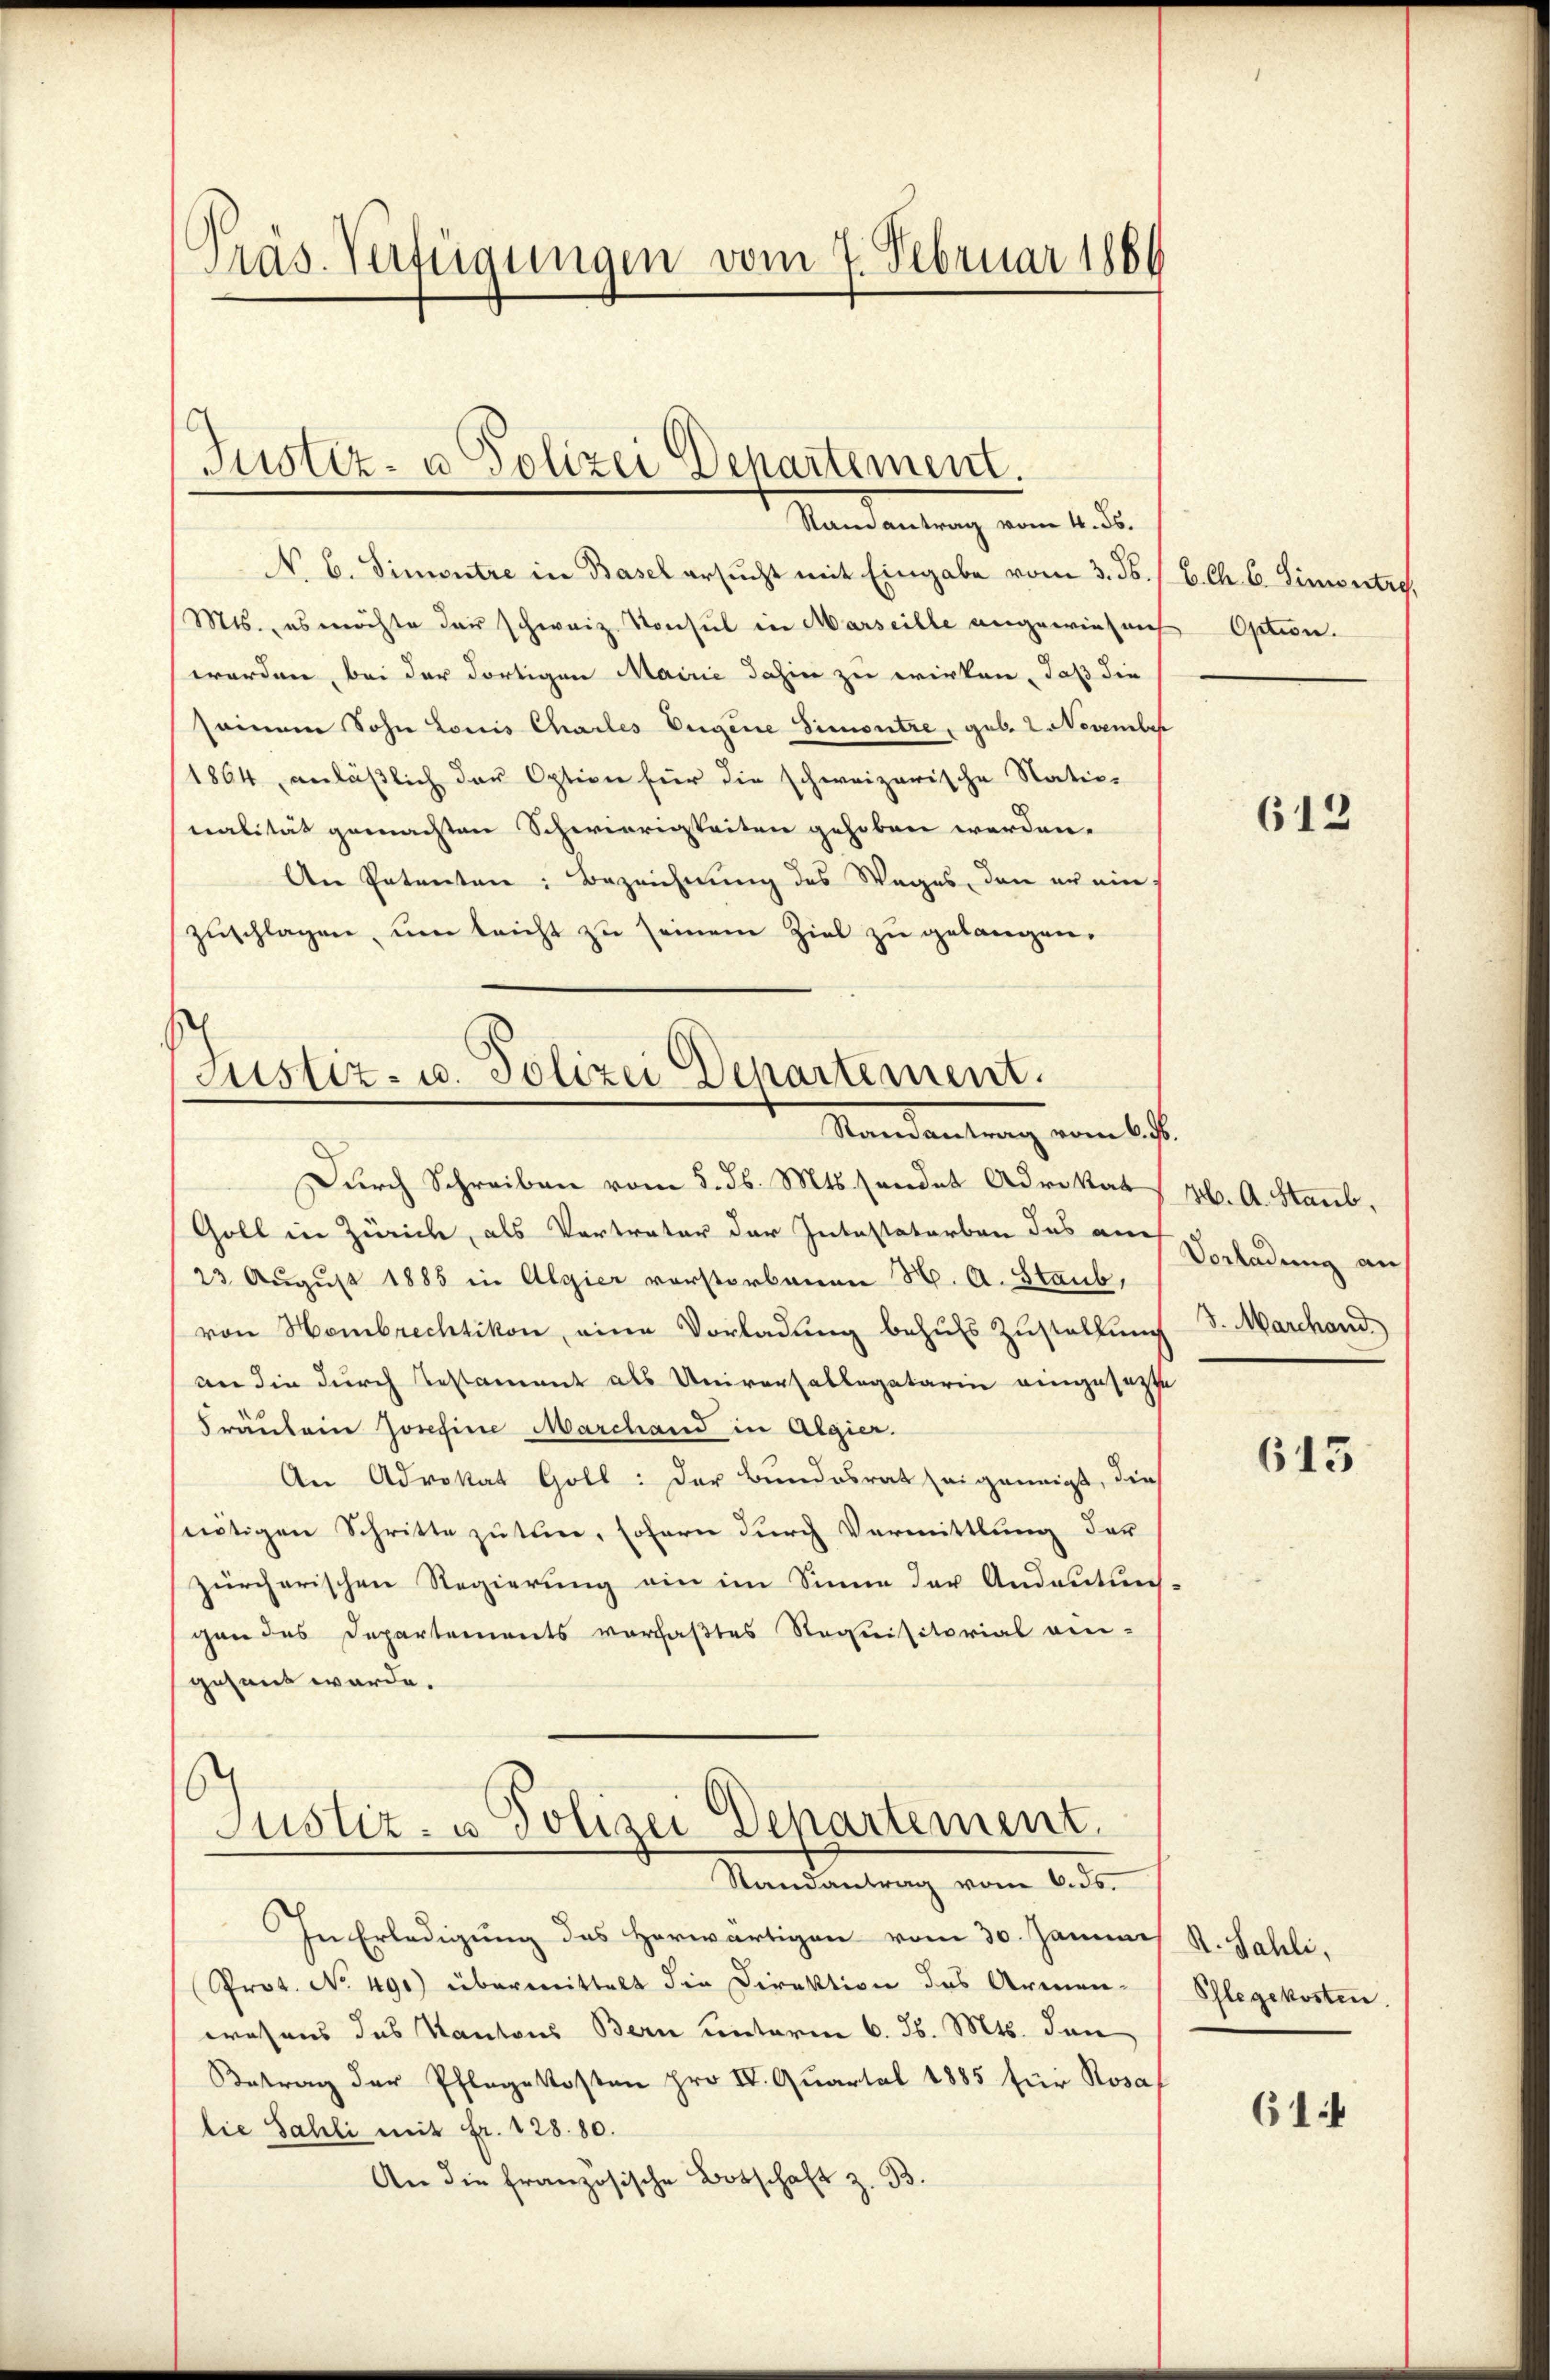
Präs. Verfügungen vom 7. Februar 186

Justiz- u Polizei Departement.
Mandantung am 1. d.

N. B. Simontre in Basel ersucht mit Eingabe vom 3. ds.
Mts., es möchte der schweiz. Konsul in Marseille angewiesen Option.
worden, bei der dortigen Mairie dahin zu wirken, daß die
seinem Sohn Louis Chailes Eugene Simontre, geb. 2 November
(1864 anläßlich der Option für die schweizerische Natio-
nalität gemachten Schwierigkeiten gehoben werden.
An Petenten: Bezeichnung des Wages, den an einzuschlagen, um leicht zu seinem Ziel zu gelangen.

Justiz- u. Polizei Departement.
Mandantung vom 14te

Durch Schreiben vom 5. d. Mts. sendet Advokat H. A. Staub,
Goll in Zürich, als Vertreter der Intestatorben des auch Verladung an
23. August 1885 in Algier vorstorbenen H. A. Staub,
von Hombrechtikon, eine Vorladung behufs Zustellung
an die durch Testament als Universallegatarii eingesezte
Fräulein Josefine Marchand in Algier.
An Advokat Goll: Der Bundesrat zeigeneigt, die
seitigen Schritte zu tun, sofern durch Vermittlung der
zürcherischen Regierung ein im Sinne der Andeutungs-
gen des Departements vorhaßtes Stequisitorial ein-
gesant werde.
Justiz- u. Polizei Departement.
Randantrag vom 6. ds.

In Erledigung des Herwärtigen vom 30. Januar
Prot. No. 491) übermittelt die Direktion des Armen-
wesens des Kantons Bern unterm 6. d. Mts. den
Betrag der Pflegekosten pro IV. Quartal 1885 für Rosaf
lie Sahli mit Fr. 128. 80.
An die französische Botschaft z. B.

C. Ch. 6. Simontro

612

3. Marchand

643

St. Sahli,
Pflegekosten.

614